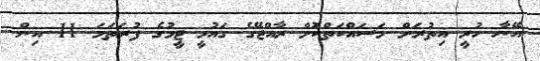
އޭނާ ހުރީ އިތުރަށް މަސައްކަތްކޮށް ރާއްޖޭގެ ގައުމީ ޓީމުގެ ފުރަތަމަ 11 އިން